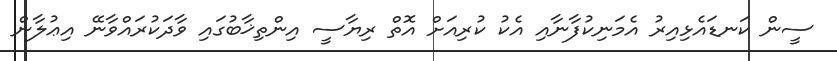
ސީން ކަނޑައެޅިއިރު އެމަނިކުފާނާއި އެކު ކުރިއަށް އޮތް ރިޔާސީ އިންތިޚާބުގައި ވާދަކުރައްވާނޭ އިޢުލާން